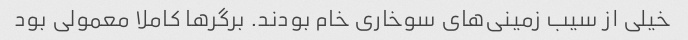
خیلی از سیب زمینی‌های سوخاری خام بودند. برگرها کاملا معمولی بود